Indian journal of veterinary science and animal husbandry - Volume 14,
Year: 1944
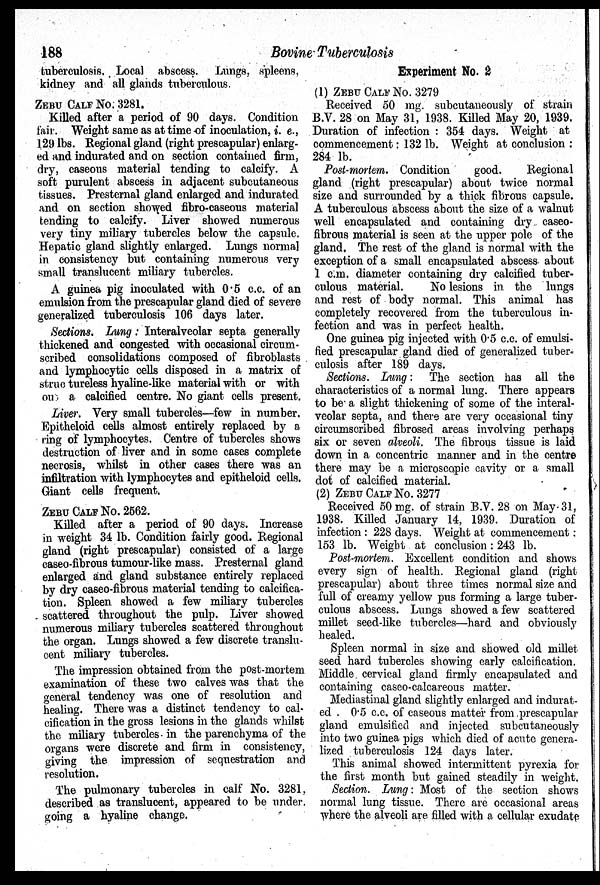
188
Bovine Tuberculosis
tuberculosis. Local abscess. Lungs, spleens,
kidney and all glands tuberculous.
ZEBU CALF NO. 3281.
Killed after a period of 90 days. Condition
fair. Weight same as at time of inoculation, i. e.,
129 lbs. Regional gland (right prescapular) enlarg-
ed and indurated and on section contained firm,
dry, caseous material tending to calcify. A
soft purulent abscess in adjacent subcutaneous
tissues. Presternal gland enlarged and indurated
and on section showed fibro-caseous material
tending to calcify. Liver showed numerous
very tiny miliary tubercles below the capsule.
Hepatic gland slightly enlarged. Lungs normal
in consistency but containing numerous very
small translucent miliary tubercles.
A guinea pig inoculated with 0.5 c.c. of an
emulsion from the prescapular gland died of severe
generalized tuberculosis 106 days later.
Sections. Lung: Interalveolar septa generally
thickened and congested with occasional circum-
scribed consolidations composed of fibroblasts
and lymphocytic cells disposed in a matrix of
structureless hyaline-like material with or with
out a calcified centre. No giant cells present.
Liver. Very small tubercles—few in number.
Epitheloid cells almost entirely replaced by a
ring of lymphocytes. Centre of tubercles shows
destruction of liver and in some cases complete
necrosis, whilst in other cases there was an
infiltration with lymphocytes and epitheloid cells.
Giant cells frequent.
ZEBU CALF NO. 2562.
Killed after a period of 90 days. Increase
in weight 34 lb. Condition fairly good. Regional
gland (right prescapular) consisted of a large
caseo-fibrous tumour-like mass. Presternal gland
enlarged and gland substance entirely replaced
by dry caseo-fibrous material tending to calcifica-
tion. Spleen showed a few miliary tubercles
scattered throughout the pulp. Liver showed
numerous miliary tubercles scattered throughout
the organ. Lungs showed a few discrete translu-
cent miliary tubercles.
The impression obtained from the post-mortem
examination of these two calves was that the
general tendency was one of resolution and
healing. There was a distinct tendency to cal-
cification in the gross lesions in the glands whilst
the miliary tubercles in the parenchyma of the
organs were discrete and firm in consistency,
giving the impression of sequestration and
resolution.
The pulmonary tubercles in calf No. 3281,
described as translucent, appeared to be under,
going a hyaline change.
Experiment No. 2
(1) ZEBU CALF NO. 3279
Received 50 mg. subcutaneously of strain
B.V. 28 on May 31, 1938. Killed May 20, 1939.
Duration of infection: 354 days. Weight at
commencement: 132 lb. Weight at conclusion:
284 lb.
Post-mortem. Condition
good.
Regional
gland (right prescapular) about twice normal
size and surrounded by a thick fibrous capsule.
A tuberculous abscess about the size of a walnut
well encapsulated and containing dry caseo-
fibrous material is seen at the upper pole of the
gland. The rest of the gland is normal with the
exception of a small encapsulated abscess about
1 c.m. diameter containing dry calcified tuber-
culous material.
No lesions in the lungs
and rest of body normal. This animal has
completely recovered from the tuberculous in-
fection and was in perfect health.
One guinea pig injected with 0.5 c.c. of emulsi-
fied prescapular gland died of generalized tuber-
culosis after 189 days.
Sections. Lung: The section has all the
characteristics of a normal lung. There appears
to be a slight thickening of some of the interal-
veolar septa, and there are very occasional tiny
circumscribed fibrosed areas involving perhaps
six or seven alveoli. The fibrous tissue is laid
down in a concentric manner and in the centre
there may be a microscopic cavity or a small
dot of calcified material.
(2) ZEBU CALF NO. 3277
Received 50 mg. of strain B.V. 28 on May 31,
1938. Killed January 14, 1939. Duration of
infection: 228 days. Weight at commencement:
153 lb. Weight at conclusion: 243 lb.
Post-mortem. Excellent condition and shows
every sign of health. Regional gland (right
prescapular) about three times normal size and
full of creamy yellow pus forming a large tuber-
culous abscess. Lungs showed a few scattered
millet seed-like tubercles—hard and obviously
healed.
Spleen normal in size and showed old millet
seed hard tubercles showing early calcification.
Middle cervical gland firmly encapsulated and
containing caseo-calcareous matter.
Mediastinal gland slightly enlarged and indurat-
ed . 0.5 c.c. of caseous matter from prescapular
gland emulsified and injected subcutaneously
into two guinea pigs which died of acute genera-
lized tuberculosis 124 days later.
This animal showed intermittent pyrexia for
the first month but gained steadily in weight.
Section. Lung: Most of the section shows
normal lung tissue. There are occasional areas
where the alveoli are filled with a cellular exudate